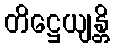
တိဋ္ဌေယျန္တိ